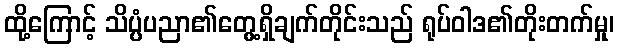
ထို့ကြောင့် သိပ္ပံပညာ၏တွေ့ရှိချက်တိုင်းသည် ရုပ်ဝါဒ၏တိုးတက်မှု၊